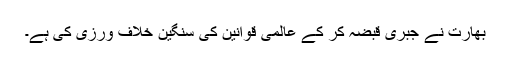
بھارت نے جبری قبضہ کر کے عالمی قوانین کی سنگین خلاف ورزی کی ہے۔